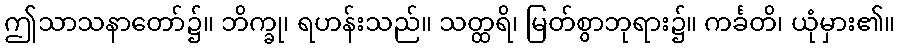
ဤသာသနာတော်၌။ ဘိက္ခု၊ ရဟန်းသည်။ သတ္ထရိ၊ မြတ်စွာဘုရား၌။ ကင်္ခတိ၊ ယုံမှား၏။